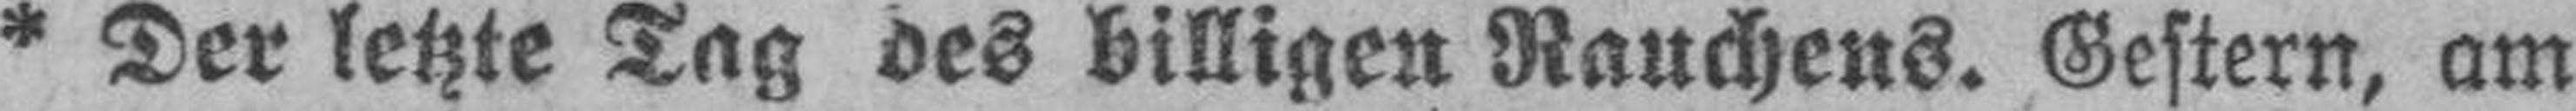
* Der letzte Tag des billigen Rauchens. Gestern, am